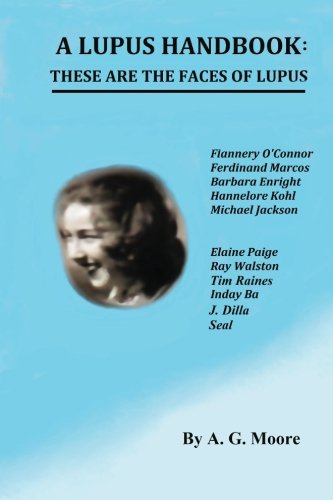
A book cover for A Lupus Handbook: These Are The Faces Of Lupus; A. G. Moore; Health, Fitness & Dieting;